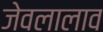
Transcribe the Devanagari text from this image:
जेवलालाव